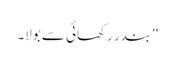
" بندر رکھائی سے بولا۔